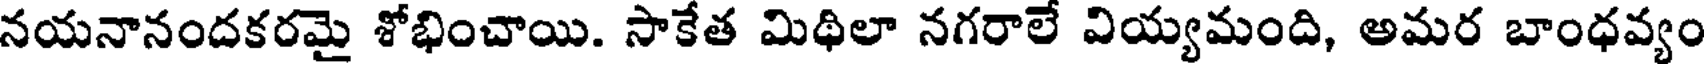
నయనానందకరమై శోభించాయి. సాకేత మిథిలా నగరాలే వియ్యమంది, అమర బాంధవ్యం